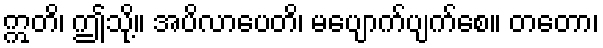
ဣတိ၊ ဤသို့။ အပိလာပေတိ၊ မပျောက်ပျက်စေ။ တတော၊